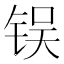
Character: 𬭌